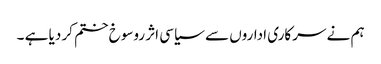
ہم نے سرکاری اداروں سے سیاسی اثر روسوخ ختم کر دیا ہے ۔